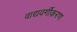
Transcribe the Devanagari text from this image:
वाद्यवर्गीकरण